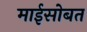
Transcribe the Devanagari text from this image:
माईसोबत